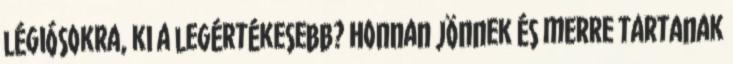
légiósokra, ki a legértékesebb? Honnan jönnek és merre tartanak